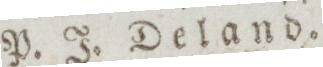
P. J. Deland.